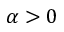
\alpha > 0